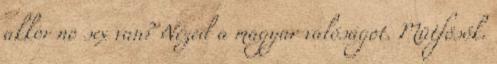
akkor no sex van? Nézed a magyar valóságot. Mütfösök.